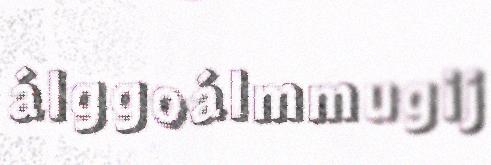
álggoálmmugij